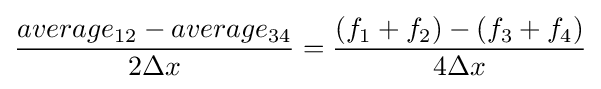
{\frac {average_{12}-average_{34}}{2\Delta x}}={\frac {(f_{1}+f_{2})-(f_{3}+f_{4})}{4\Delta x}}